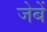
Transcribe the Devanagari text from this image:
जेबें